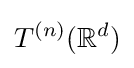
T^{(n)}(\mathbb {R} ^{d})